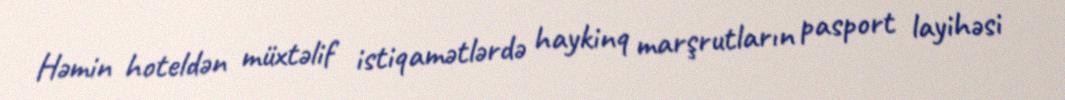
Həmin hoteldən müxtəlif istiqamətlərdə haykinq marşrutların pasport layihəsi